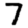
Digit: 7